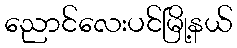
ညောင်လေးပင်မြို့နယ်